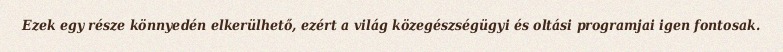
Ezek egy része könnyedén elkerülhető, ezért a világ közegészségügyi és oltási programjai igen fontosak.